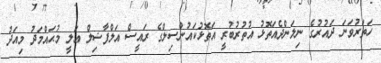
ހަތަރުވަނަ ދައުރުގެ ނިލަންދެއަތޮޅު އުތުރުބުރީ އަތޮޅުކައުންސިލްގެ ރައީސް އަލްފާޟިލް ޢަލީ މުޙައްމަދު މިއަދު